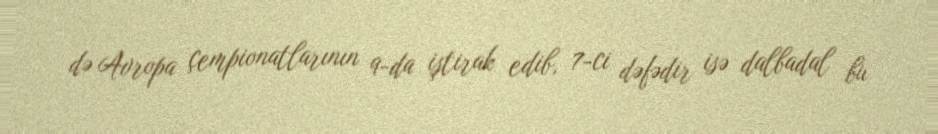
də Avropa çempionatlarının 9-da iştirak edib, 7-ci dəfədir isə dalbadal bu